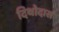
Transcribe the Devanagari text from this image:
दिथोदास